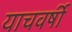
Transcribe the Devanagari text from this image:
याचवर्षी